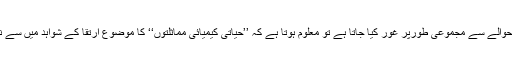
جینیاتی مماثلتیں ’’ارتقائی ضابطہ‘‘ کو غلط ثابت کرتی ہیں جب اس حوالے سے مجموعی طورپر غور کیا جاتا ہے تو معلوم ہوتا ہے کہ ’’حیاتی کیمیائی مماثلتوں‘‘ کا موضوع ارتقا کے شواہد میں سے نہیں ہے بلکہ یہ موضوع تو نظریہ ارتقا کو ایک لغزش قراردیتا ہے۔